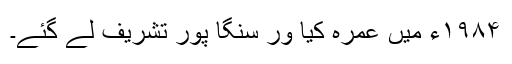
۱۹۸۴ء میں عمرہ کیا ور سنگا پور تشریف لے گئے۔